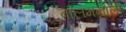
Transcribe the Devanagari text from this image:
बालमनाला